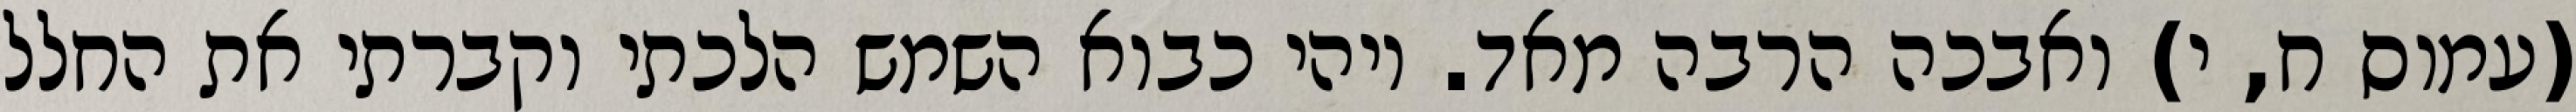
(עמוס ח, י) ואבכה הרבה מאד. ויהי כבוא השמש הלכתי וקברתי את החלל